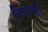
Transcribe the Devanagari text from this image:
निजामही